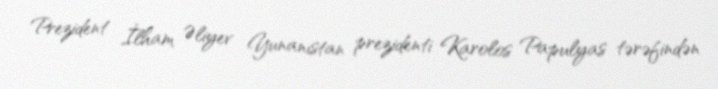
Prezident İlham Əliyev Yunanıstan prezidenti Karolos Papulyas tərəfindən